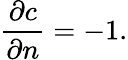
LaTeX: \frac{\partial{c}}{\partial{n}}=-1.